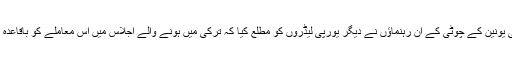
اپنے اس خط ميں يورپی يونين کے چوٹی کے ان رہنماؤں نے ديگر يورپی ليڈروں کو مطلع کيا کہ ترکی ميں ہونے والے اجلاس ميں اس معاملے کو باقاعدہ طور پر اٹھايا جائے گا۔